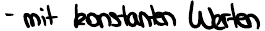
- mit konstanten Werten